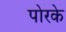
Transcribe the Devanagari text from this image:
पोरके